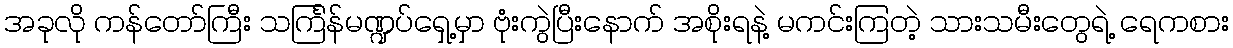
အခုလို ကန်တော်ကြီး သင်္ကြန်မဏ္ဍပ်ရှေ့မှာ ဗုံးကွဲပြီးနောက် အစိုးရနဲ့ မကင်းကြတဲ့ သားသမီးတွေရဲ့ ရေကစား